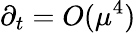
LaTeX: \partial_{t}=O(\mu^{4})